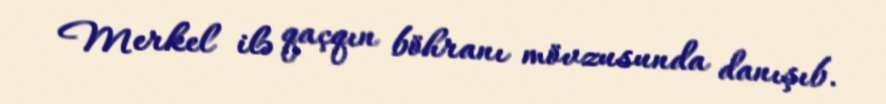
Merkel ilə qaçqın böhranı mövzusunda danışıb.